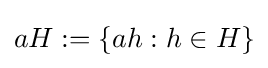
aH:=\left\{ah:h\in H\right\}